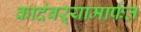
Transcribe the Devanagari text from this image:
कादंबऱ्यामार्फत